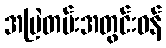
အမြဲတမ်းအတွင်းဝန်